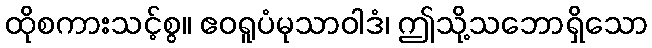
ထိုစကားသင့်စွ။ ဧဝရူပံမုသာဝါဒံ၊ ဤသို့သဘောရှိသော